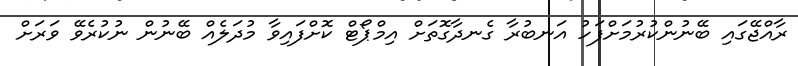
ރާއްޖޭގައި ބޭނުންކުރުމަށްފަހު އަނބުރާ ގެނދާގޮތަށް އިމްޕޯޓް ކޮށްފައިވާ މުދަލެއް ބޭނުން ނުކުރެވޭ ވަރަށް